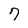
Character: 7